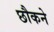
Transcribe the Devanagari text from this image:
छौकने